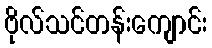
ဗိုလ်သင်တန်းကျောင်း